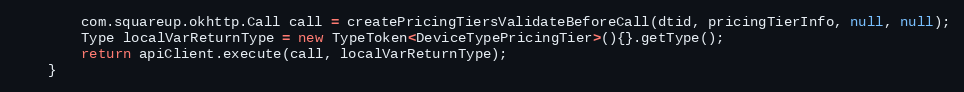
Language: Java
        com.squareup.okhttp.Call call = createPricingTiersValidateBeforeCall(dtid, pricingTierInfo, null, null);
        Type localVarReturnType = new TypeToken<DeviceTypePricingTier>(){}.getType();
        return apiClient.execute(call, localVarReturnType);
    }